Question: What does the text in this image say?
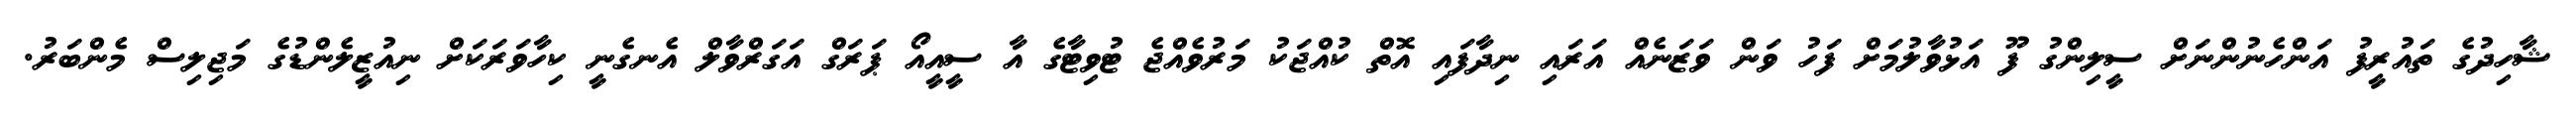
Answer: ޝާހިދުގެ ތައުރީފު އަންހެނުންނަށް ސީލިންގު ފޫ އަޅުވާލުމަށް ފަހު ވަން ވަޒަނެއް އަރައި ނިދާފައި އޮތް ކުއްޖަކު މަރުވެއްޖެ ޓުވިޓާގެ އާ ސީއީއޯ ޕަރަގް އަގަރްވާލް އެނގެނީ ކިހާވަރަކަށް ނިއުޒީލެންޑުގެ މަޖިލިސް މެންބަރު.